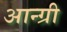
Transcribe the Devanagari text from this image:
आन्ग्री